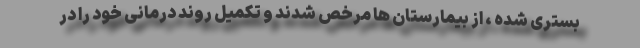
بستری شده ، از بیمارستان ها مرخص شدند و تکمیل روند درمانی خود را در